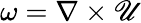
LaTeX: \omega=\nabla\times\mathscr{U}